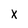
Character: X